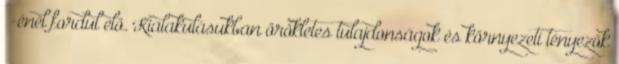
‰-énél fordul elő. Kialakulásukban örökletes tulajdonságok és környezeti tényezők